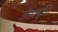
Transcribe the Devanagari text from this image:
जेफ़्फ़्री